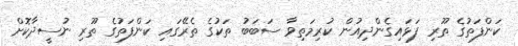
ކަންފަތުގެ ތޫރި ފަޅައިގެންދިއުން ކުރިމަތިވާ ސަބަބު ތަކުގެ ތެރޭގައި ކަންފަތުގެ ތޫރި ނުސީދާކޮށް